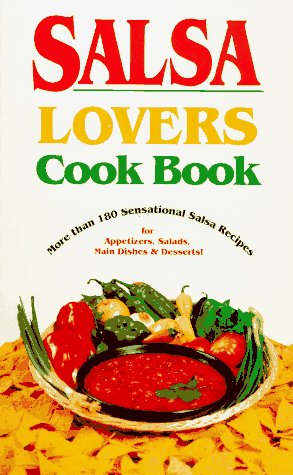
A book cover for Salsa Lovers Cook Book: More Than 180 Sensational Salsa Recipes for Appetizers, Salads, Main Dishes and Desserts; S. K. Bollin; Cookbooks, Food & Wine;